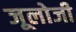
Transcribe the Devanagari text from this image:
जूलोजी